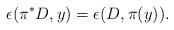
LaTeX: \begin{align*}\epsilon(\pi^*D,y)=\epsilon(D,\pi(y)).\end{align*}